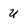
Character: u